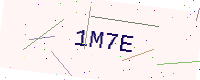
Text: 1M7E